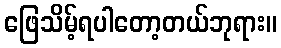
ဖြေသိမ့်ရပါတော့တယ်ဘုရား။